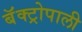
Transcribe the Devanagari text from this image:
बॅक्ट्रोपाली